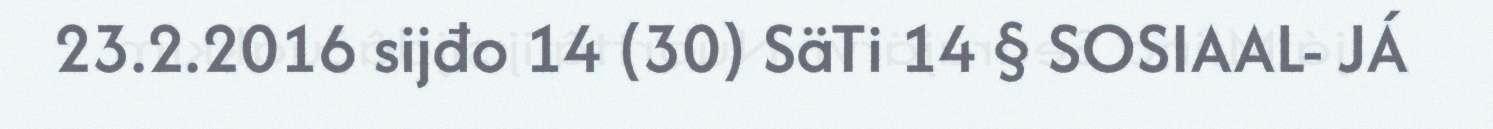
23.2.2016 sijđo 14 (30) SäTi 14 § SOSIAAL- JÁ